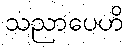
သညာပေဟိ